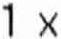
1 X